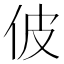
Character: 佊